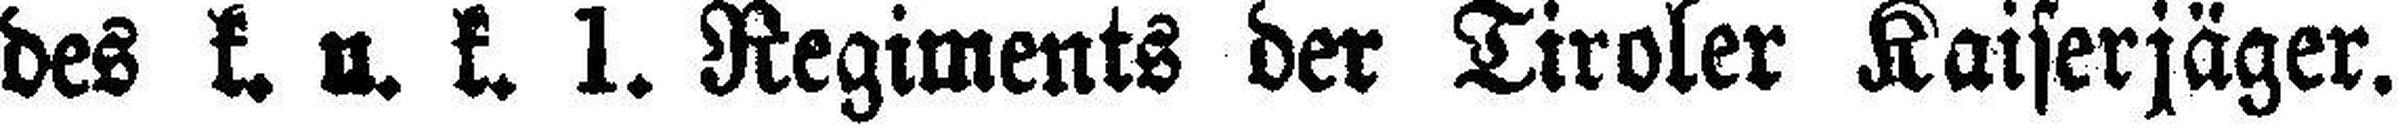
des k. u. k. 1. Regiments der Tiroler Kaiserjäger.